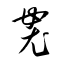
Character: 袰